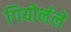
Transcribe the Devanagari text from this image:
गियोर्नले